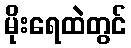
မိုးရေထဲတွင်